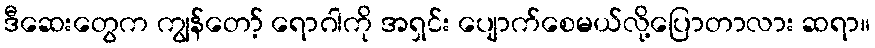
ဒီဆေးတွေက ကျွန်တော့် ရောဂါကို အရှင်း ပျောက်စေမယ်လို့ပြောတာလား ဆရာ။